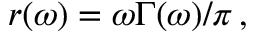
\: r ( \omega ) = \omega \Gamma ( \omega ) / \pi \, , \: